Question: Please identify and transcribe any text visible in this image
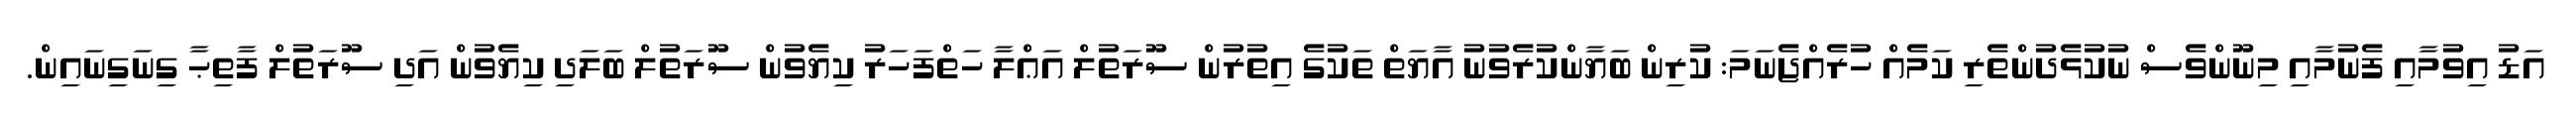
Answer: އަޑު އިވުމާއި ފެނުމާއި މިނޫންވެސް ނުކުޅެދުންތެރި ކަމެއް ހުރެއްޖެނަމަ: ކުރިން ބަޔާންކުރެވުނު އާޔަތް ތަކުގެ އިތުރުން ސޫރަތުލް އަޢްލާ ހަތްފަހަރު ކިޔެވުން ސޫރަތުލް ބަލަދި ކިޔެވުން އަދި ސޫރަތުލް ފާތިޙާ ގިނަގިނައިން.